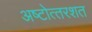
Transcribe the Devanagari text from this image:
अष्‍टोत्‍तरशत